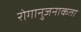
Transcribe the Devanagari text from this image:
रोगानुजनाकता